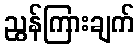
ညွန်ကြားချက်